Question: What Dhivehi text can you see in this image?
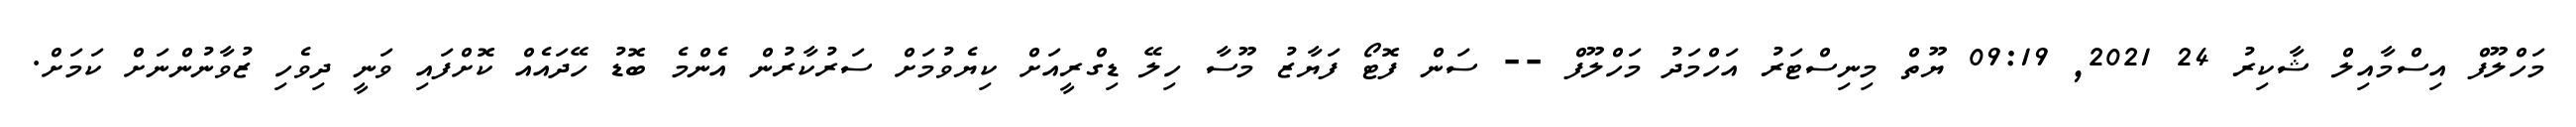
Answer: މަހްލޫފް އިސްމާއިލް ޝާކިރު 24 2021, 09:19 ޔޫތް މިނިސްޓަރު އަހްމަދު މަހްލޫފް -- ސަން ފޮޓޯ ފަޔާޒު މޫސާ ހިލޭ ޑިގްރީއަށް ކިޔެވުމަށް ސަރުކާރުން އެންމެ ބޮޑު ހޭދައެއް ކޮށްފައި ވަނީ ދިވެހި ޒުވާނުންނަށް ކަމަށް.